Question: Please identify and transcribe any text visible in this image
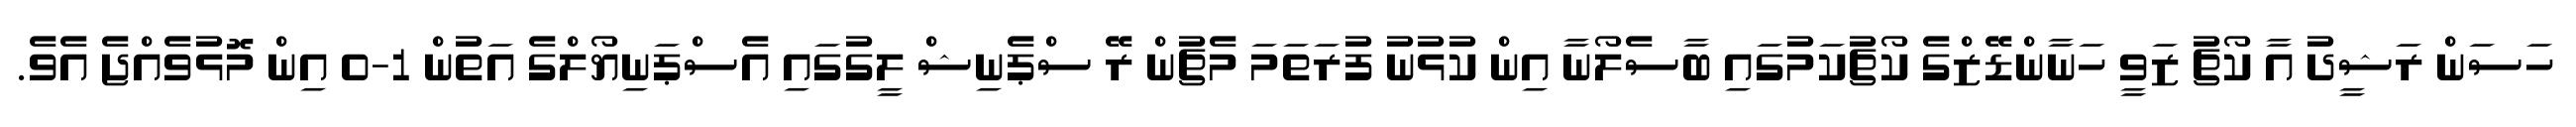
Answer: ހަސަން ރަޝީދު އާ ކޯޗު ޒަވީ ހަނާންޑޭޒްގެ ކޯޗުކަމުގައި ބާސެލޯނާ އިން ކުޅުނު ފުރަތަމަ މެޗުން ރޭ ސްޕެނިޝް ލީގުގައި އެސްޕަނިޔޯލްގެ އަތުން 1-0 އިން މޮޅުވެއްޖެ އެވެ.